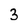
Character: 3